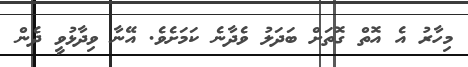
މިހާރު އެ އޮތް ގޮތަށް ބަދަލު ވެދާނެ ކަމަށެވެ. އޭނާ ވިދާޅުވީ ދެން